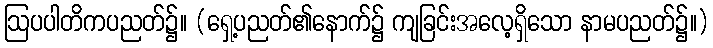
ဩပပါတိကပညတ်၌။ (ရှေ့ပညတ်၏နောက်၌ ကျခြင်းအလေ့ရှိသော နာမပညတ်၌။)